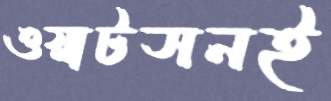
ওয়াটসনই